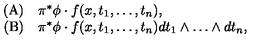
\begin{array} { r l } { \mathrm { ( A ) } } & { \pi ^ { * } \phi \cdot f ( x , t _ { 1 } , \dots , t _ { n } ) , } \\ { \mathrm { ( B ) } } & { \pi ^ { * } \phi \cdot f ( x , t _ { 1 } , \dots , t _ { n } ) d t _ { 1 } \wedge \dots \wedge d t _ { n } , } \\ \end{array}